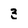
Character: 3